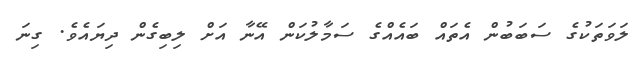
ލަވަތަކުގެ ސަބަބުން އެތައް ބައެއްގެ ސަމާލުކަން އޭނާ އަށް ލިބިގެން ދިޔައެވެ. ގިނަ